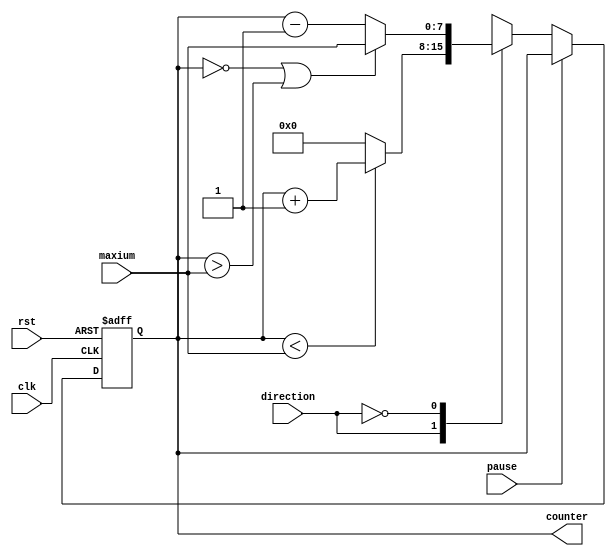
`timescale 1ns / 1ps
//////////////////////////////////////////////////////////////////////////////////
// 
// Module Name: counter_8bit
// Project Name: EC605 20'Fall Lab 3 task 1
// Description: One simple 8-bit counter
//////////////////////////////////////////////////////////////////////////////////


module Counter8bit(
    input clk,rst,direction,
    input [7:0] maxium,
    input pause,
    output [7:0] counter
    );
    
    reg [7:0] CNT; //output & state
    
    always @(posedge clk or posedge rst)
    begin
        if (rst)
            CNT <= 0 ;// initial state 0
        else
            if (!pause)
                case (direction)
                 1: CNT <= (CNT < maxium)? CNT+1 : 0;
                 0: if (CNT==0 | CNT > maxium) CNT <= maxium; else CNT <= CNT -1;
                endcase
             else 
                CNT <= CNT;
    end    
    assign counter = CNT;
endmodule